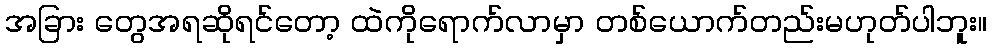
အခြား တွေအရဆိုရင်တော့ ထဲကိုရောက်လာမှာ တစ်ယောက်တည်းမဟုတ်ပါဘူး။